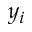
y _ { i }